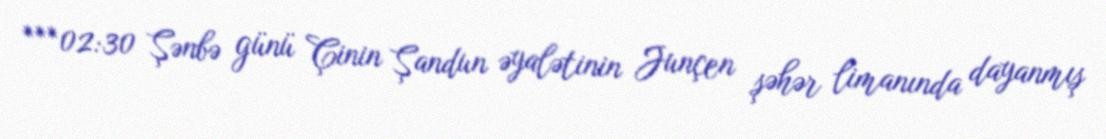
***02:30 Şənbə günü Çinin Şandun əyalətinin Junçen şəhər limanında dayanmış